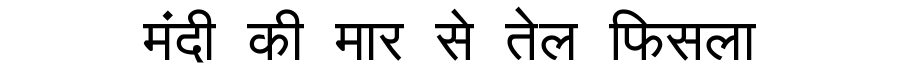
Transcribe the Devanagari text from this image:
मंदी की मार से तेल फिसला